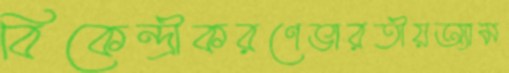
বিকেন্দ্রীকরণেভারতীয়অ্যাম